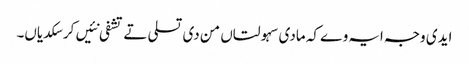
ایدی وجہ ایہ وے کہ مادی سہولتاں من دی تسلی تے تشفی نئیں کر سکدیاں۔